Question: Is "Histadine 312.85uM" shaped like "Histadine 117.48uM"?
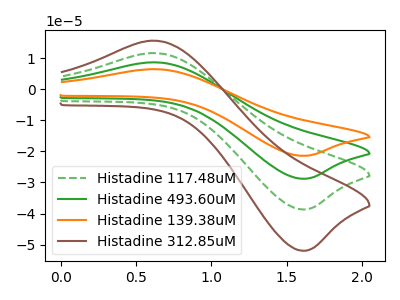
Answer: <think>The green dashed curve "Histadine 117.48uM" has an anodic peak at (0.60V, 11.60uA) and a cathodic peak at (1.60V, -38.70uA). The green curve "Histadine 493.60uM" has an anodic peak at (0.60V, 23.25uA) and a cathodic peak at (1.60V, -77.40uA). The orange curve "Histadine 139.38uM" has an anodic peak at (0.60V, 34.85uA) and a cathodic peak at (1.60V, -116.10uA). The brown curve "Histadine 312.85uM" has an anodic peak at (0.60V, 15.60uA) and a cathodic peak at (1.60V, -51.95uA).
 All the peaks in "Histadine 312.85uM" have a peak in "Histadine 117.48uM" at the same potential. Every peak in "Histadine 312.85uM" is higher than every peak in "Histadine 117.48uM".</think>
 <answer>"Histadine 312.85uM" and "Histadine 117.48uM" are similar in shape.</answer>
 <eval>same_shape</eval>